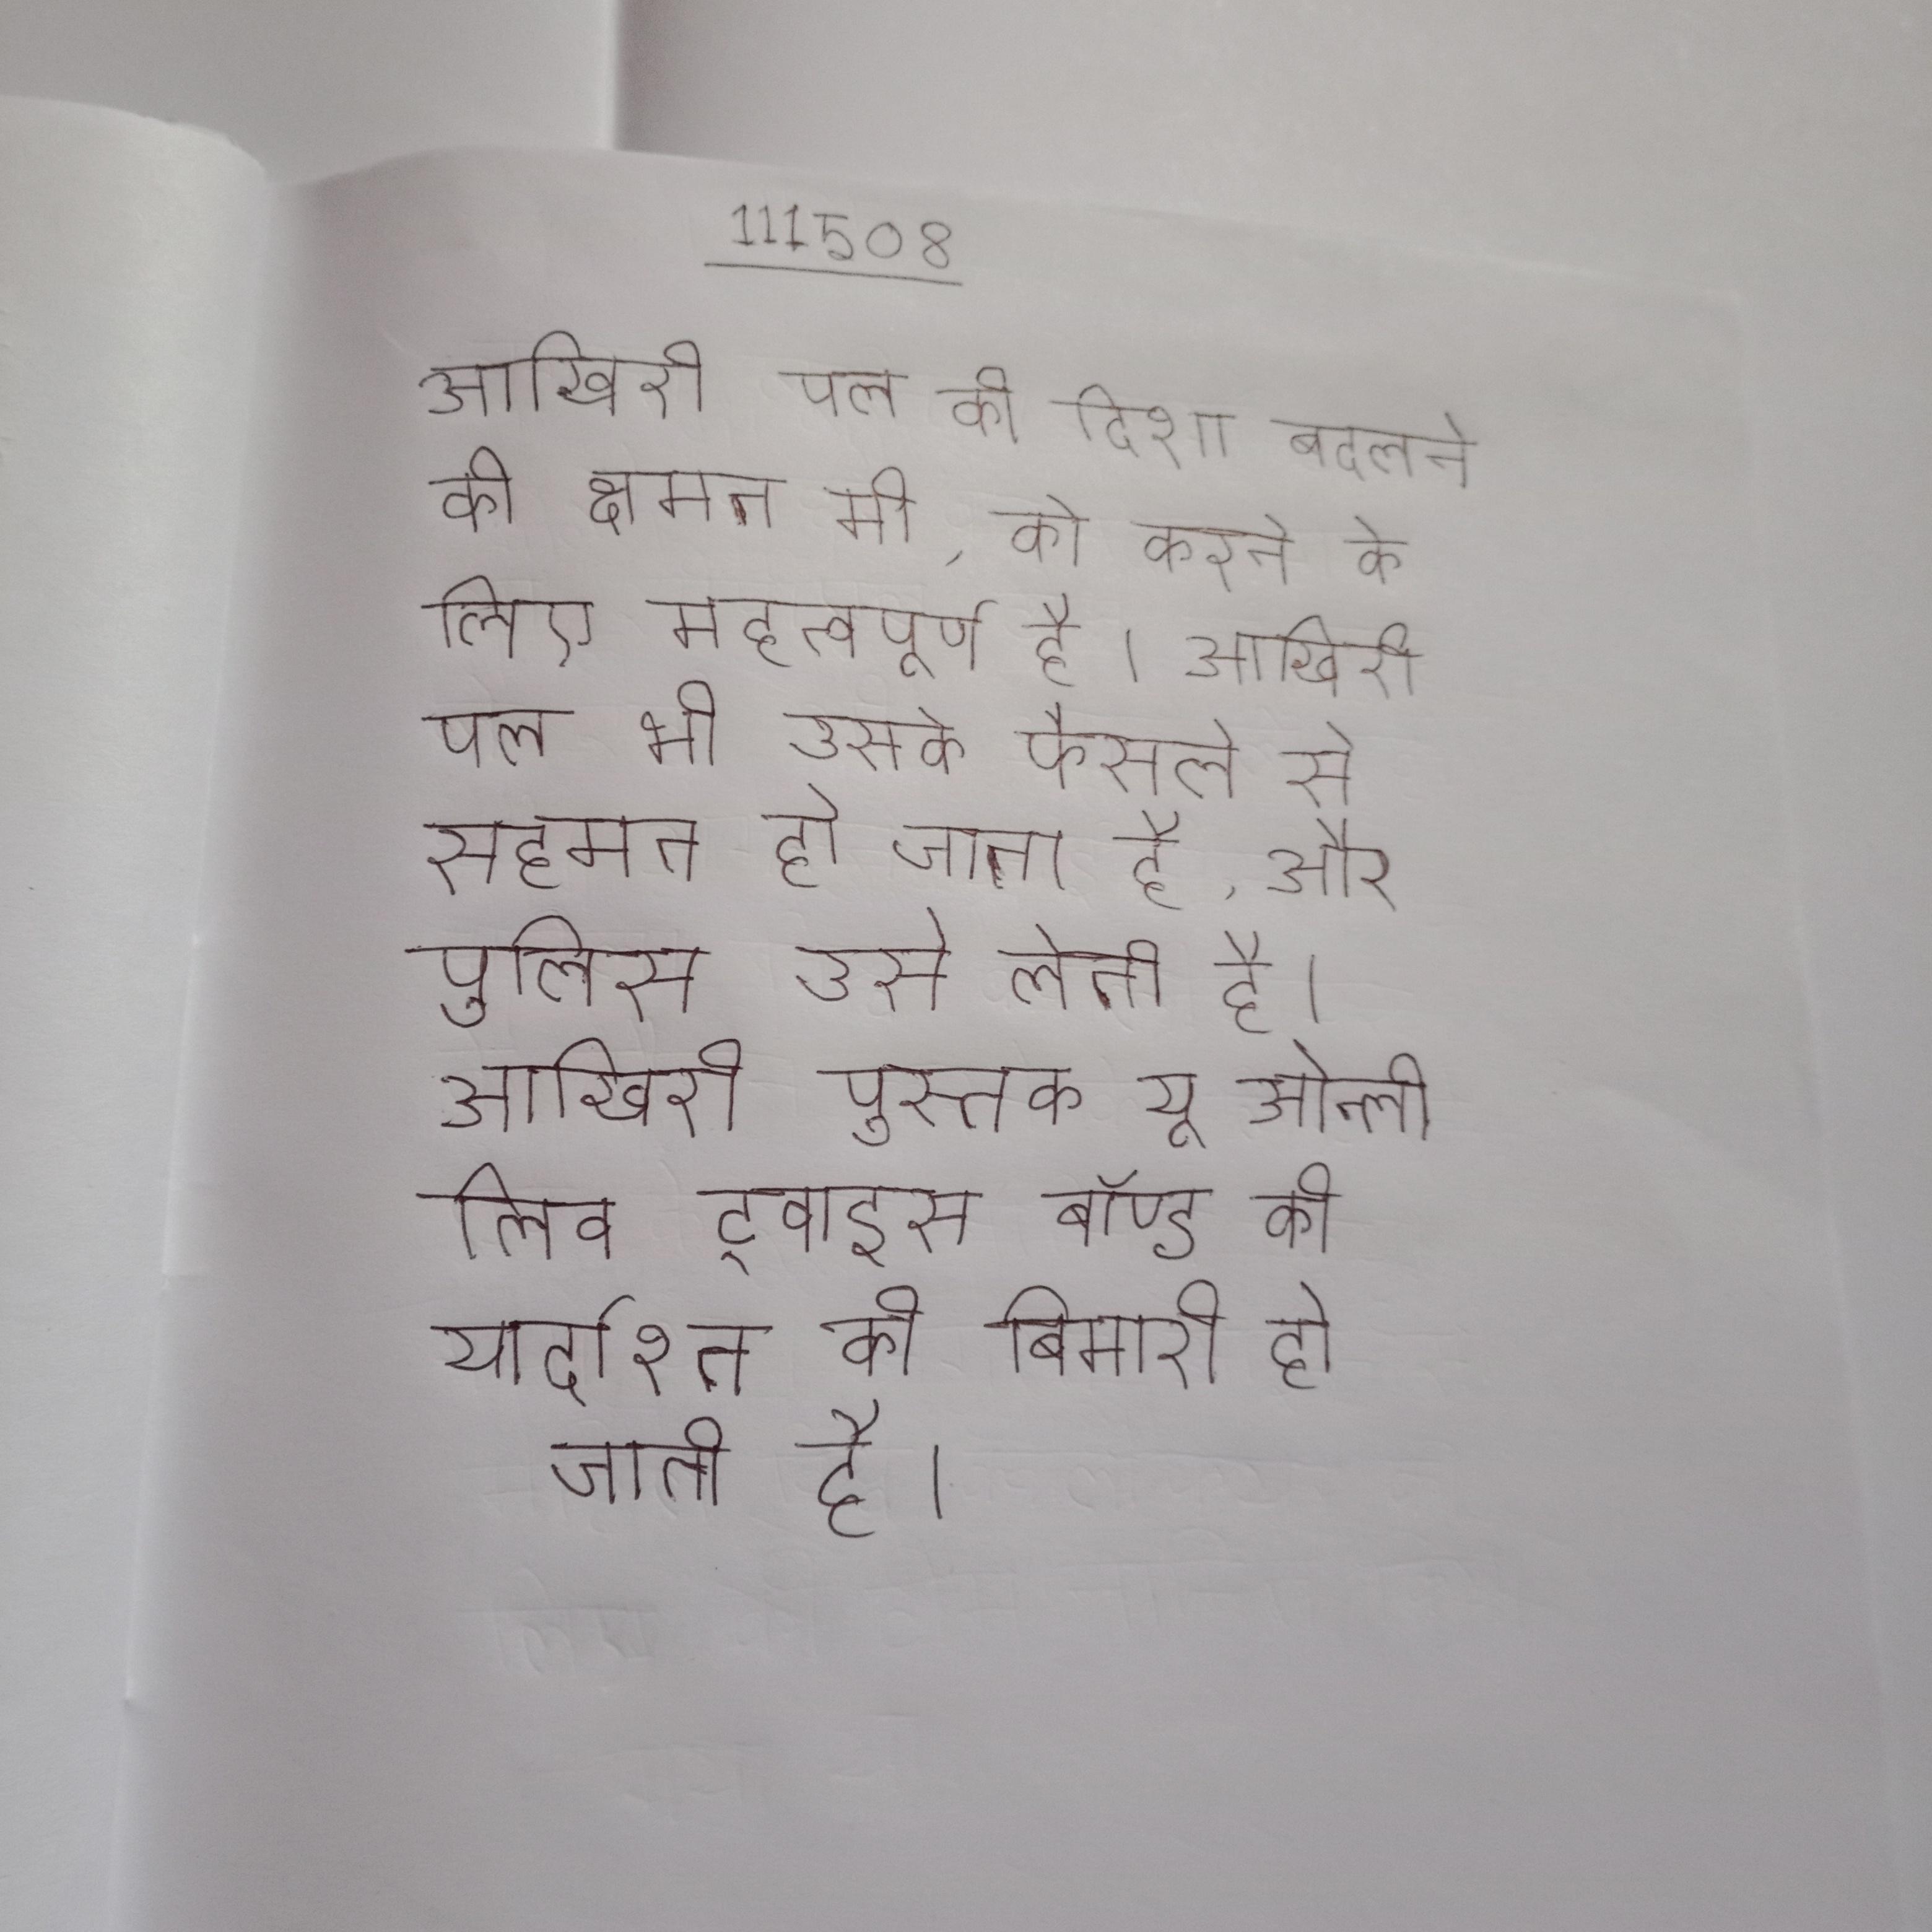
आखिरी पल की दिशा बदलने की क्षमता भी, को करने के लिए महत्वपूर्ण है । आखिरी पल भी उसके फैसले से सहमत हो जाता है, और पुलिस उसे लेती है । आखिरी पुस्तक यू ओन्ली लिव ट्वाइस बॉण्ड को यार्दाश्त की बिमारी हो जाती है ।